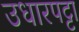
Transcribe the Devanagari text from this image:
उधारपट्टा